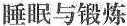
睡眠与锻炼